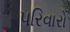
પરિવારો